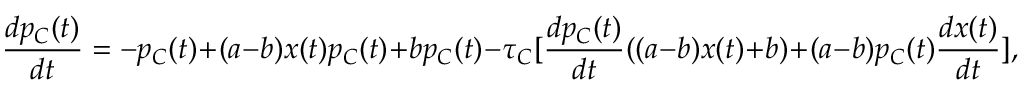
\frac { d p _ { C } ( t ) } { d t } = - p _ { C } ( t ) + ( a - b ) x ( t ) p _ { C } ( t ) + b p _ { C } ( t ) - \tau _ { C } [ \frac { d p _ { C } ( t ) } { d t } ( ( a - b ) x ( t ) + b ) + ( a - b ) p _ { C } ( t ) \frac { d x ( t ) } { d t } ] ,